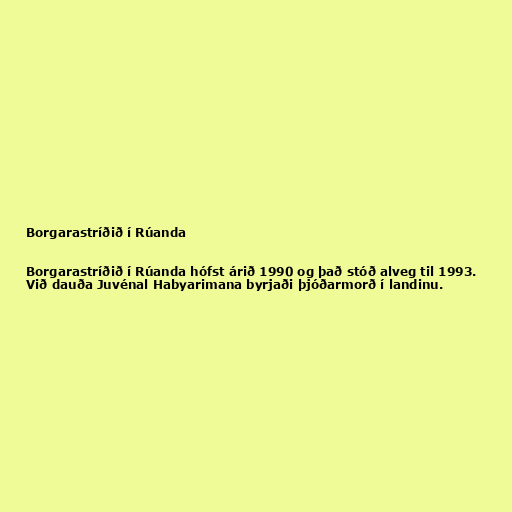
Borgarastríðið í Rúanda

Borgarastríðið í Rúanda hófst árið 1990 og það stóð alveg til 1993.
Við dauða Juvénal Habyarimana byrjaði þjóðarmorð í landinu.